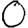
Digit: 0